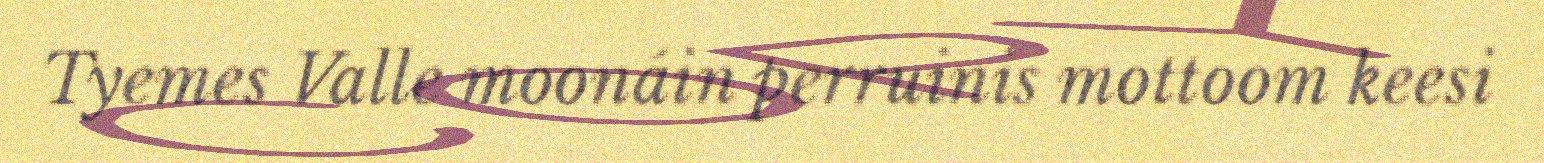
Tyemes Valle moonáin perruinis mottoom keesi